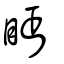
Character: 眄